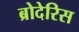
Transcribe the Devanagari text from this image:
ब्रोदेरिस